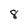
Character: 8